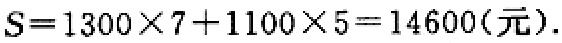
\(S = 1300\times7 + 1100\times5 = 14600(\text{元}).\)